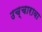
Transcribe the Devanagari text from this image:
उच्चारावा